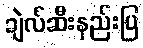
ချဲလ်ဆီးနည်းပြ